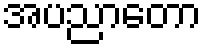
အပညာတော